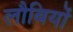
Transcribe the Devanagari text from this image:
लौबियों